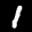
Label: 1